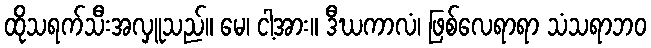
ထိုသရက်သီးအလှူသည်။ မေ၊ ငါ့အား။ ဒီဃကာလံ၊ ဖြစ်လေရာရာ သံသရာဘဝ